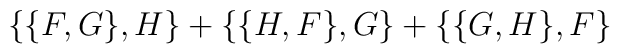
\{ \{ F,G \} ,H \} +\{ \{ H,F \} ,G \} +\{ \{ G,H \} ,F \}